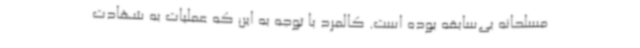
مسلحانه بی‌سابقه بوده است. کالمرد با توجه به این که عملیات به شهادت